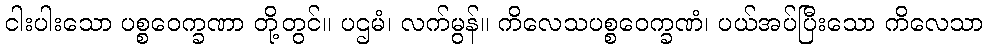
ငါးပါးသော ပစ္စဝေက္ခဏာ တို့တွင်။ ပဌမံ၊ လက်မွန်။ ကိလေသပစ္စဝေက္ခဏံ၊ ပယ်အပ်ပြီးသော ကိလေသာ